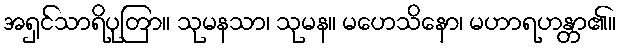
အရှင်သာရိပုတြာ။ သုမနသာ၊ သုမန။ မဟေသိနော၊ မဟာရဟန္တာ၏။